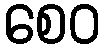
စေဝ